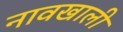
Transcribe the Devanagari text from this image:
नावखाली